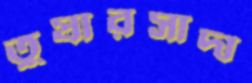
তুষারসাদা